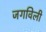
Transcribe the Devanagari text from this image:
जगविली